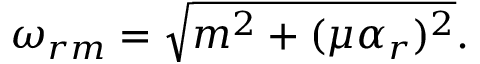
\omega _ { r m } = \sqrt { m ^ { 2 } + ( \mu \alpha _ { r } ) ^ { 2 } } .